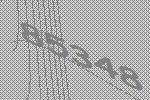
85348